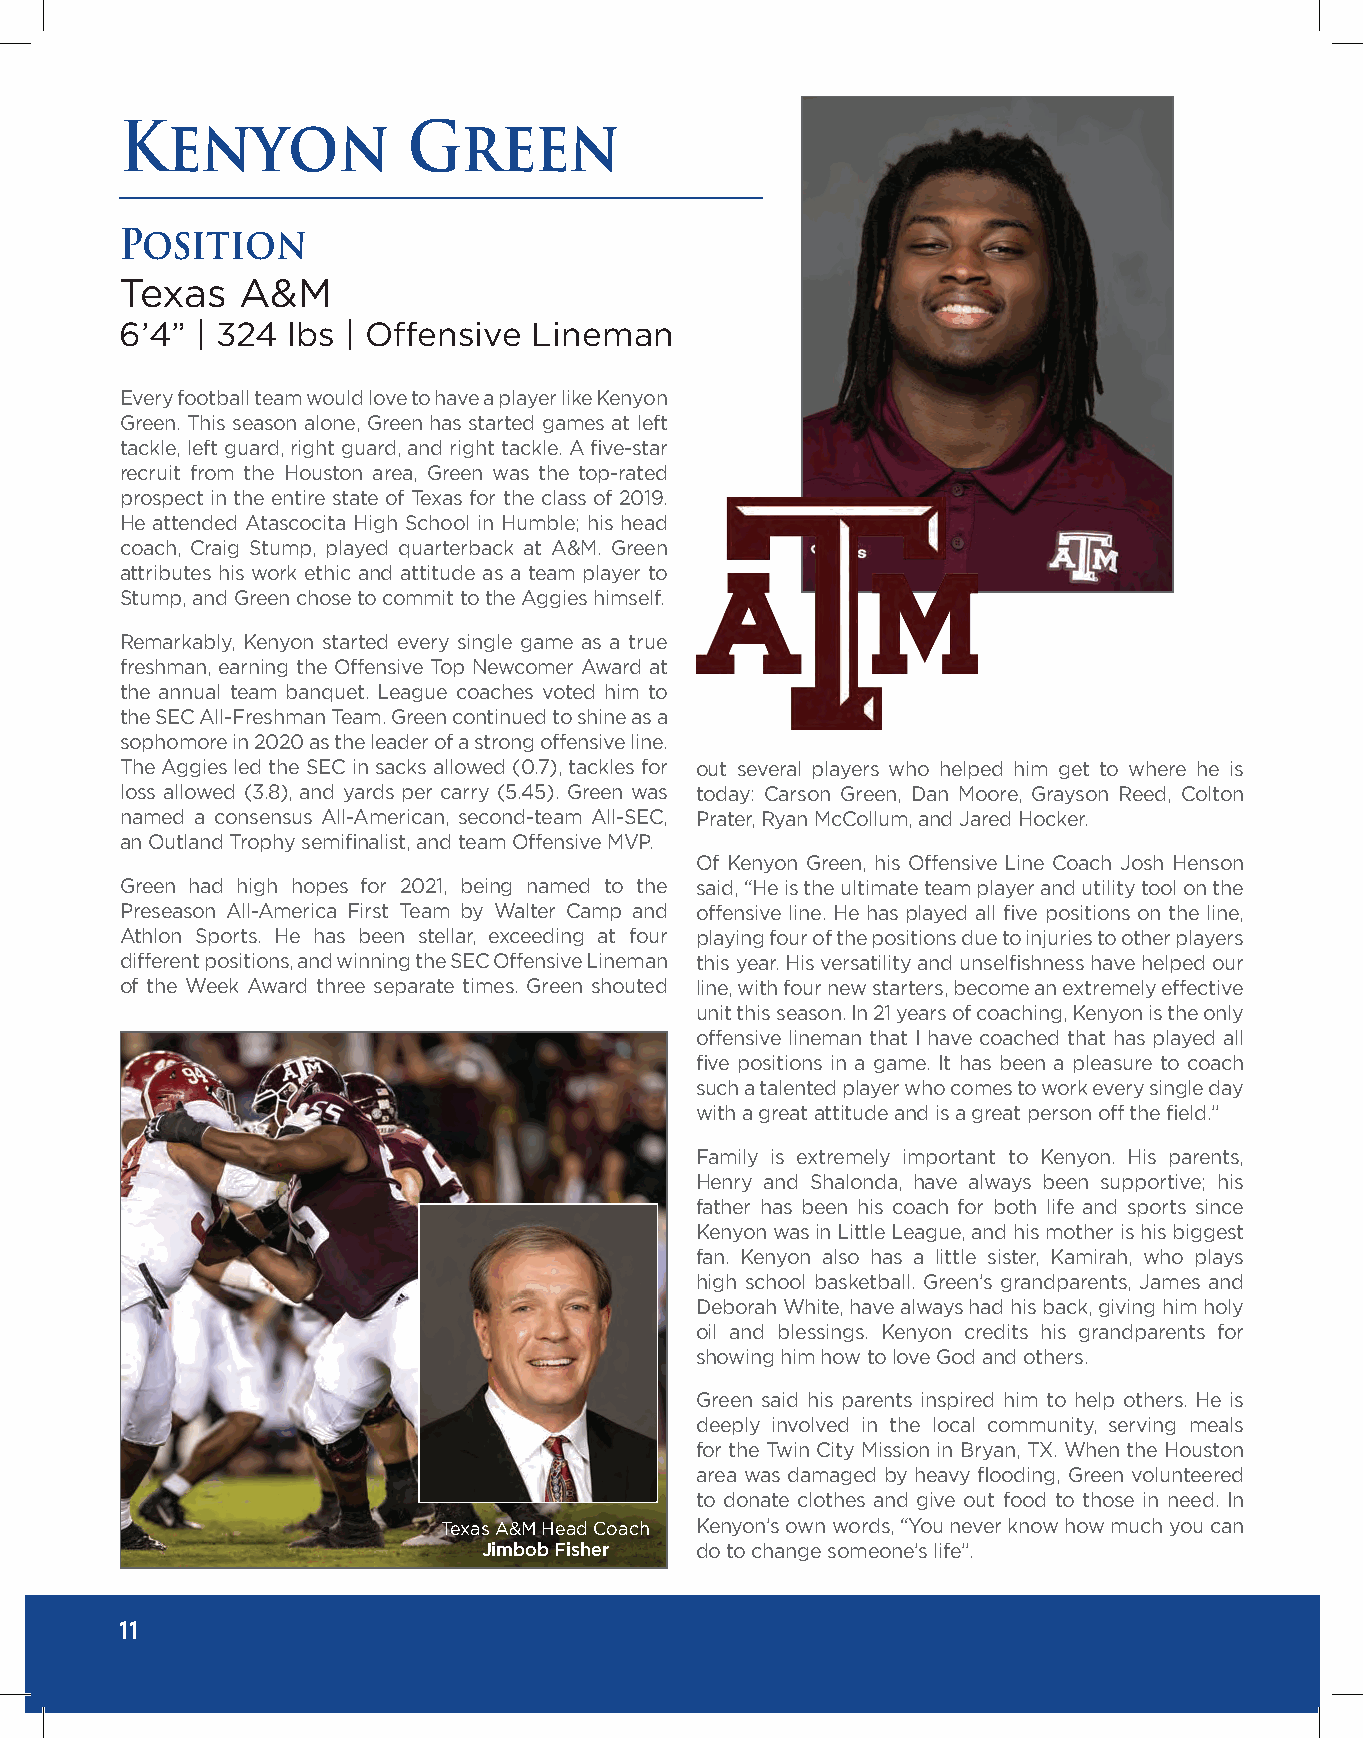
Kenyon             Green
 Position
 Texas   A&M
 6’4” | 324 lbs | Offensive Lineman
 Every football team would love to have a player like Kenyon
 Green. This season alone, Green has started games at left
 tackle, left guard, right guard, and right tackle. A five-star
 recruit from the Houston area, Green was the top-rated
 prospect in the entire state of Texas for the class of 2019.
 He attended Atascocita High School in Humble; his head
 coach, Craig Stump, played quarterback at A&M. Green
 attributes his work ethic and attitude as a team player to
 Stump, and Green chose to commit to the Aggies himself.
 Remarkably, Kenyon started every single game as a true
 freshman, earning the Offensive Top Newcomer Award at
 the annual team banquet. League coaches voted him to
 the SEC All-Freshman Team. Green continued to shine as a
 sophomore in 2020 as the leader of a strong offensive line.
 The Aggies led the SEC in sacks allowed (0.7), tackles for out several players who helped him get to where he is
 loss allowed (3.8), and yards per carry (5.45). Green was today: Carson Green, Dan Moore, Grayson Reed, Colton
 named a consensus All-American, second-team All-SEC, Prater, Ryan McCollum, and Jared Hocker.
 an Outland Trophy semifinalist, and team Offensive MVP.
 Of Kenyon Green, his Offensive Line Coach Josh Henson
 Green had high hopes for 2021, being named to the said, “He is the ultimate team player and utility tool on the
 Preseason All-America First Team by Walter Camp and offensive line. He has played all five positions on the line,
 Athlon Sports. He has been stellar, exceeding at four playing four of the positions due to injuries to other players
 different positions, and winning the SEC Offensive Lineman this year. His versatility and unselfishness have helped our
 of the Week Award three separate times. Green shouted line, with four new starters, become an extremely effective
 unit this season. In 21 years of coaching, Kenyon is the only
 offensive lineman that I have coached that has played all
 five positions in a game. It has been a pleasure to coach
 such a talented player who comes to work every single day
 with a great attitude and is a great person off the field.”
 Family is extremely important to Kenyon. His parents,
 Henry and Shalonda, have always been supportive; his
 father has been his coach for both life and sports since
 Kenyon was in Little League, and his mother is his biggest
 fan. Kenyon also has a little sister, Kamirah, who plays
 high school basketball. Green’s grandparents, James and
 Deborah White, have always had his back, giving him holy
 oil and blessings. Kenyon credits his grandparents for
 showing him how to love God and others.
 Green said his parents inspired him to help others. He is
 deeply involved in the local community, serving meals
 for the Twin City Mission in Bryan, TX. When the Houston
 area was damaged by heavy flooding, Green volunteered
 to donate clothes and give out food to those in need. In
 Texas A&M Head Coach Kenyon’s own words, “You never know how much you can
 Jimbob Fisher do to change someone’s life”.
 11